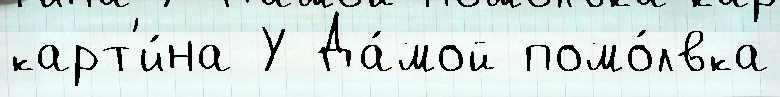
карт'и́на У Да́мой помо́лвка